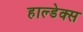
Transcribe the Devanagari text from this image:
हाल्डेक्स